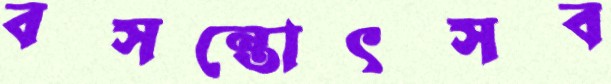
বসন্তোৎসব